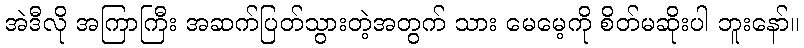
အဲဒီလို အကြာကြီး အဆက်ပြတ်သွားတဲ့အတွက် သား မေမေ့ကို စိတ်မဆိုးပါ ဘူးနော်။